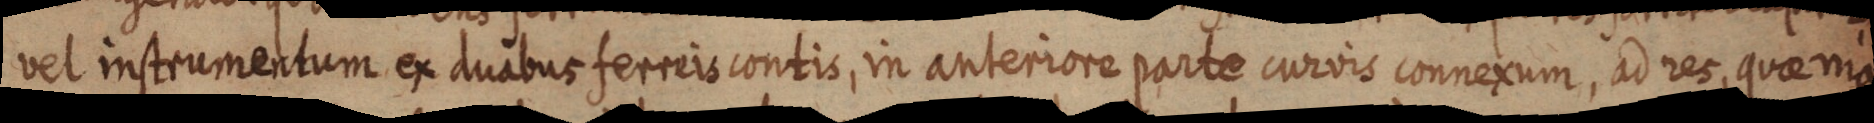
vel instrumentum ex duabus ferreis contis, in anteriore parte curvis connexum, ad res, quae ma